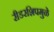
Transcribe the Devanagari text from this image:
रीडरशिपमुळे